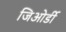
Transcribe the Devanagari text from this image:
जिओर्डी